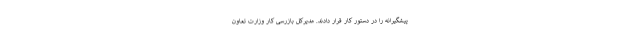
پیشگیرانه را در دستور کار قرار دادند. مدیرکل بازرسی کار وزارت تعاون